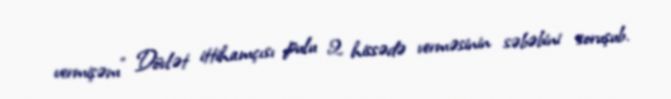
vermişəm” Dövlət ittihamçısı pulu 2 hissədə verməsinin səbəbini soruşub.